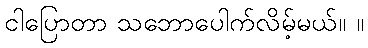
ငါပြောတာ သဘောပေါက်လိမ့်မယ်။ ။